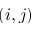
( i , j )